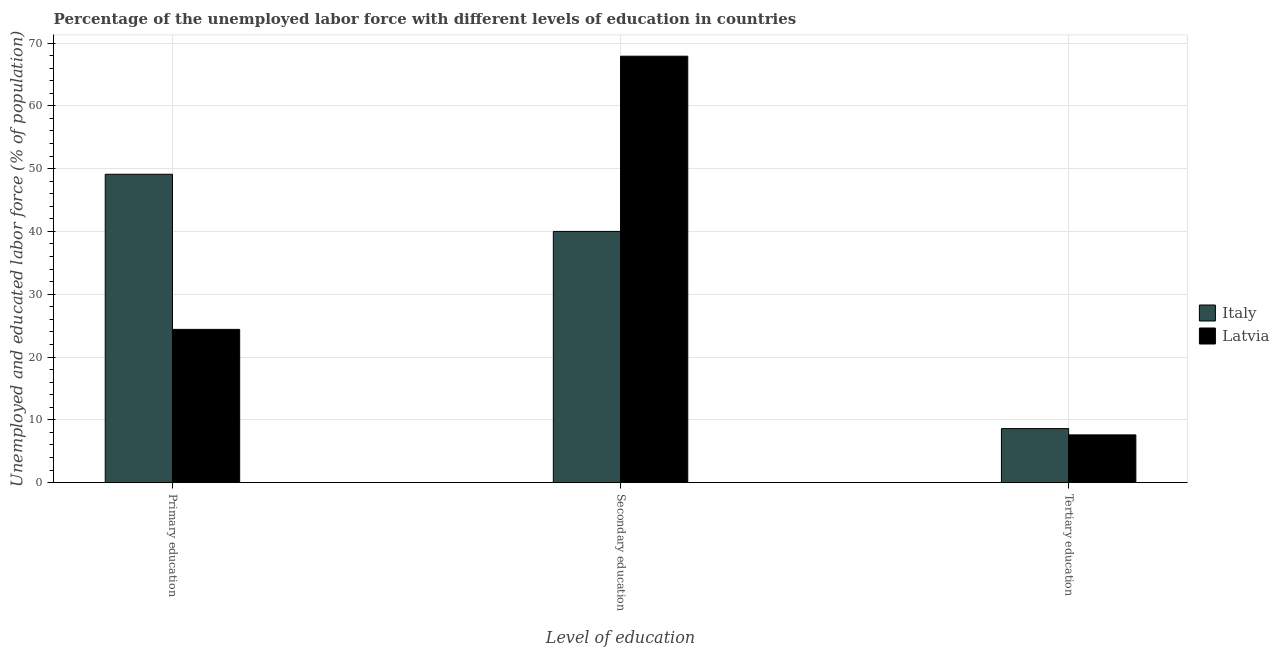
| Level of education | Italy | Latvia |
 | --- | --- | --- |
 | Primary education | 49.1 | 24.4 |
 | Secondary education | 40 | 67.9 |
 | Tertiary education | 8.6 | 7.6 |